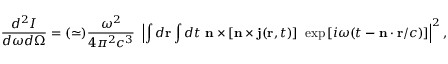
\frac { d ^ { 2 } I } { d \omega d \Omega } = ( \simeq ) \frac { \omega ^ { 2 } } { 4 \pi ^ { 2 } c ^ { 3 } } ~ \left| \int d \mathbf { r } \int d t ~ \mathbf { n } \times \left[ \mathbf { n } \times \mathbf { j } ( \mathbf { r } , t ) \right] ~ \exp \left[ i \omega ( t - \mathbf { n } \cdot \mathbf { r } / c ) \right] \right| ^ { 2 } ,